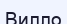
Вилло